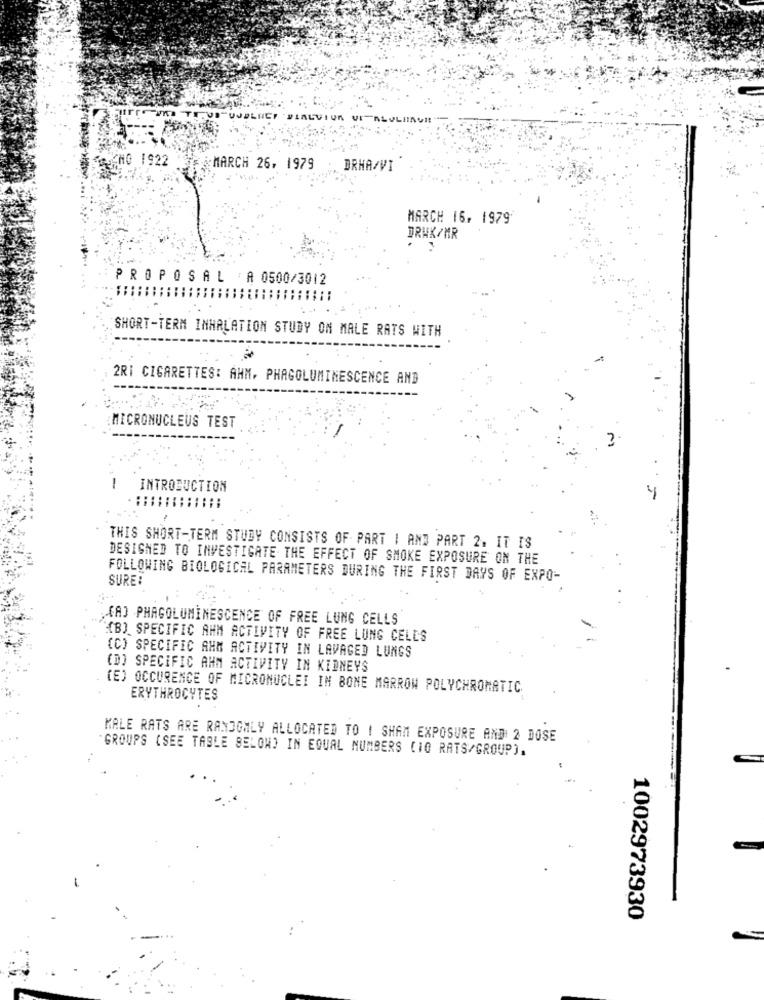
UNDLIET
EN0 1922
MARCH 26, 1979
. DRHA/VI
MARCH 16, 1979
DRUK/MR
PROPOSAL A 0500/3012
SHORT-TERM INHALATION STUDY ON MALE RATS WITH
2RI CIGARETTES: AHM, PHAGOLUMINESCENCE AND
. .
MICRONUCLEUS TEST
-
INTRODUCTION
1
THIS SHORT-TERM STUDY CONSISTS OF PART 1 AND PART 2. IT IS
DESIGNED TO INVESTIGATE THE EFFECT OF SMOKE EXPOSURE ON THE
FOLLOWING BIOLOGICAL PARAMETERS DURING THE FIRST DAYS OF EXPO-
SURE:
KAJ PHAGOLUMINESCENCE OF FREE LUNG CELLS
(B) SPECIFIC AHM ACTIVITY OF FREE LUNG CELLS
(C) SPECIFIC AHM ACTIVITY IN LAVAGED LUNGS
(D) SPECIFIC AHM ACTIVITY IN KIDNEYS
(E) OCCURENCE OF MICRONUCLEI IN BONE MARROW POLYCHROMATIC
ERYTHROCYTES
KALE RATS ARE RANDOMLY ALLOCATED TO | SHAM EXPOSURE AND 2 DOSE
GROUPS (SEE TABLE BELOW) IN EQUAL NUMBERS (10 RATS/GROUP).
1002973930